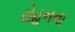
રોહનના